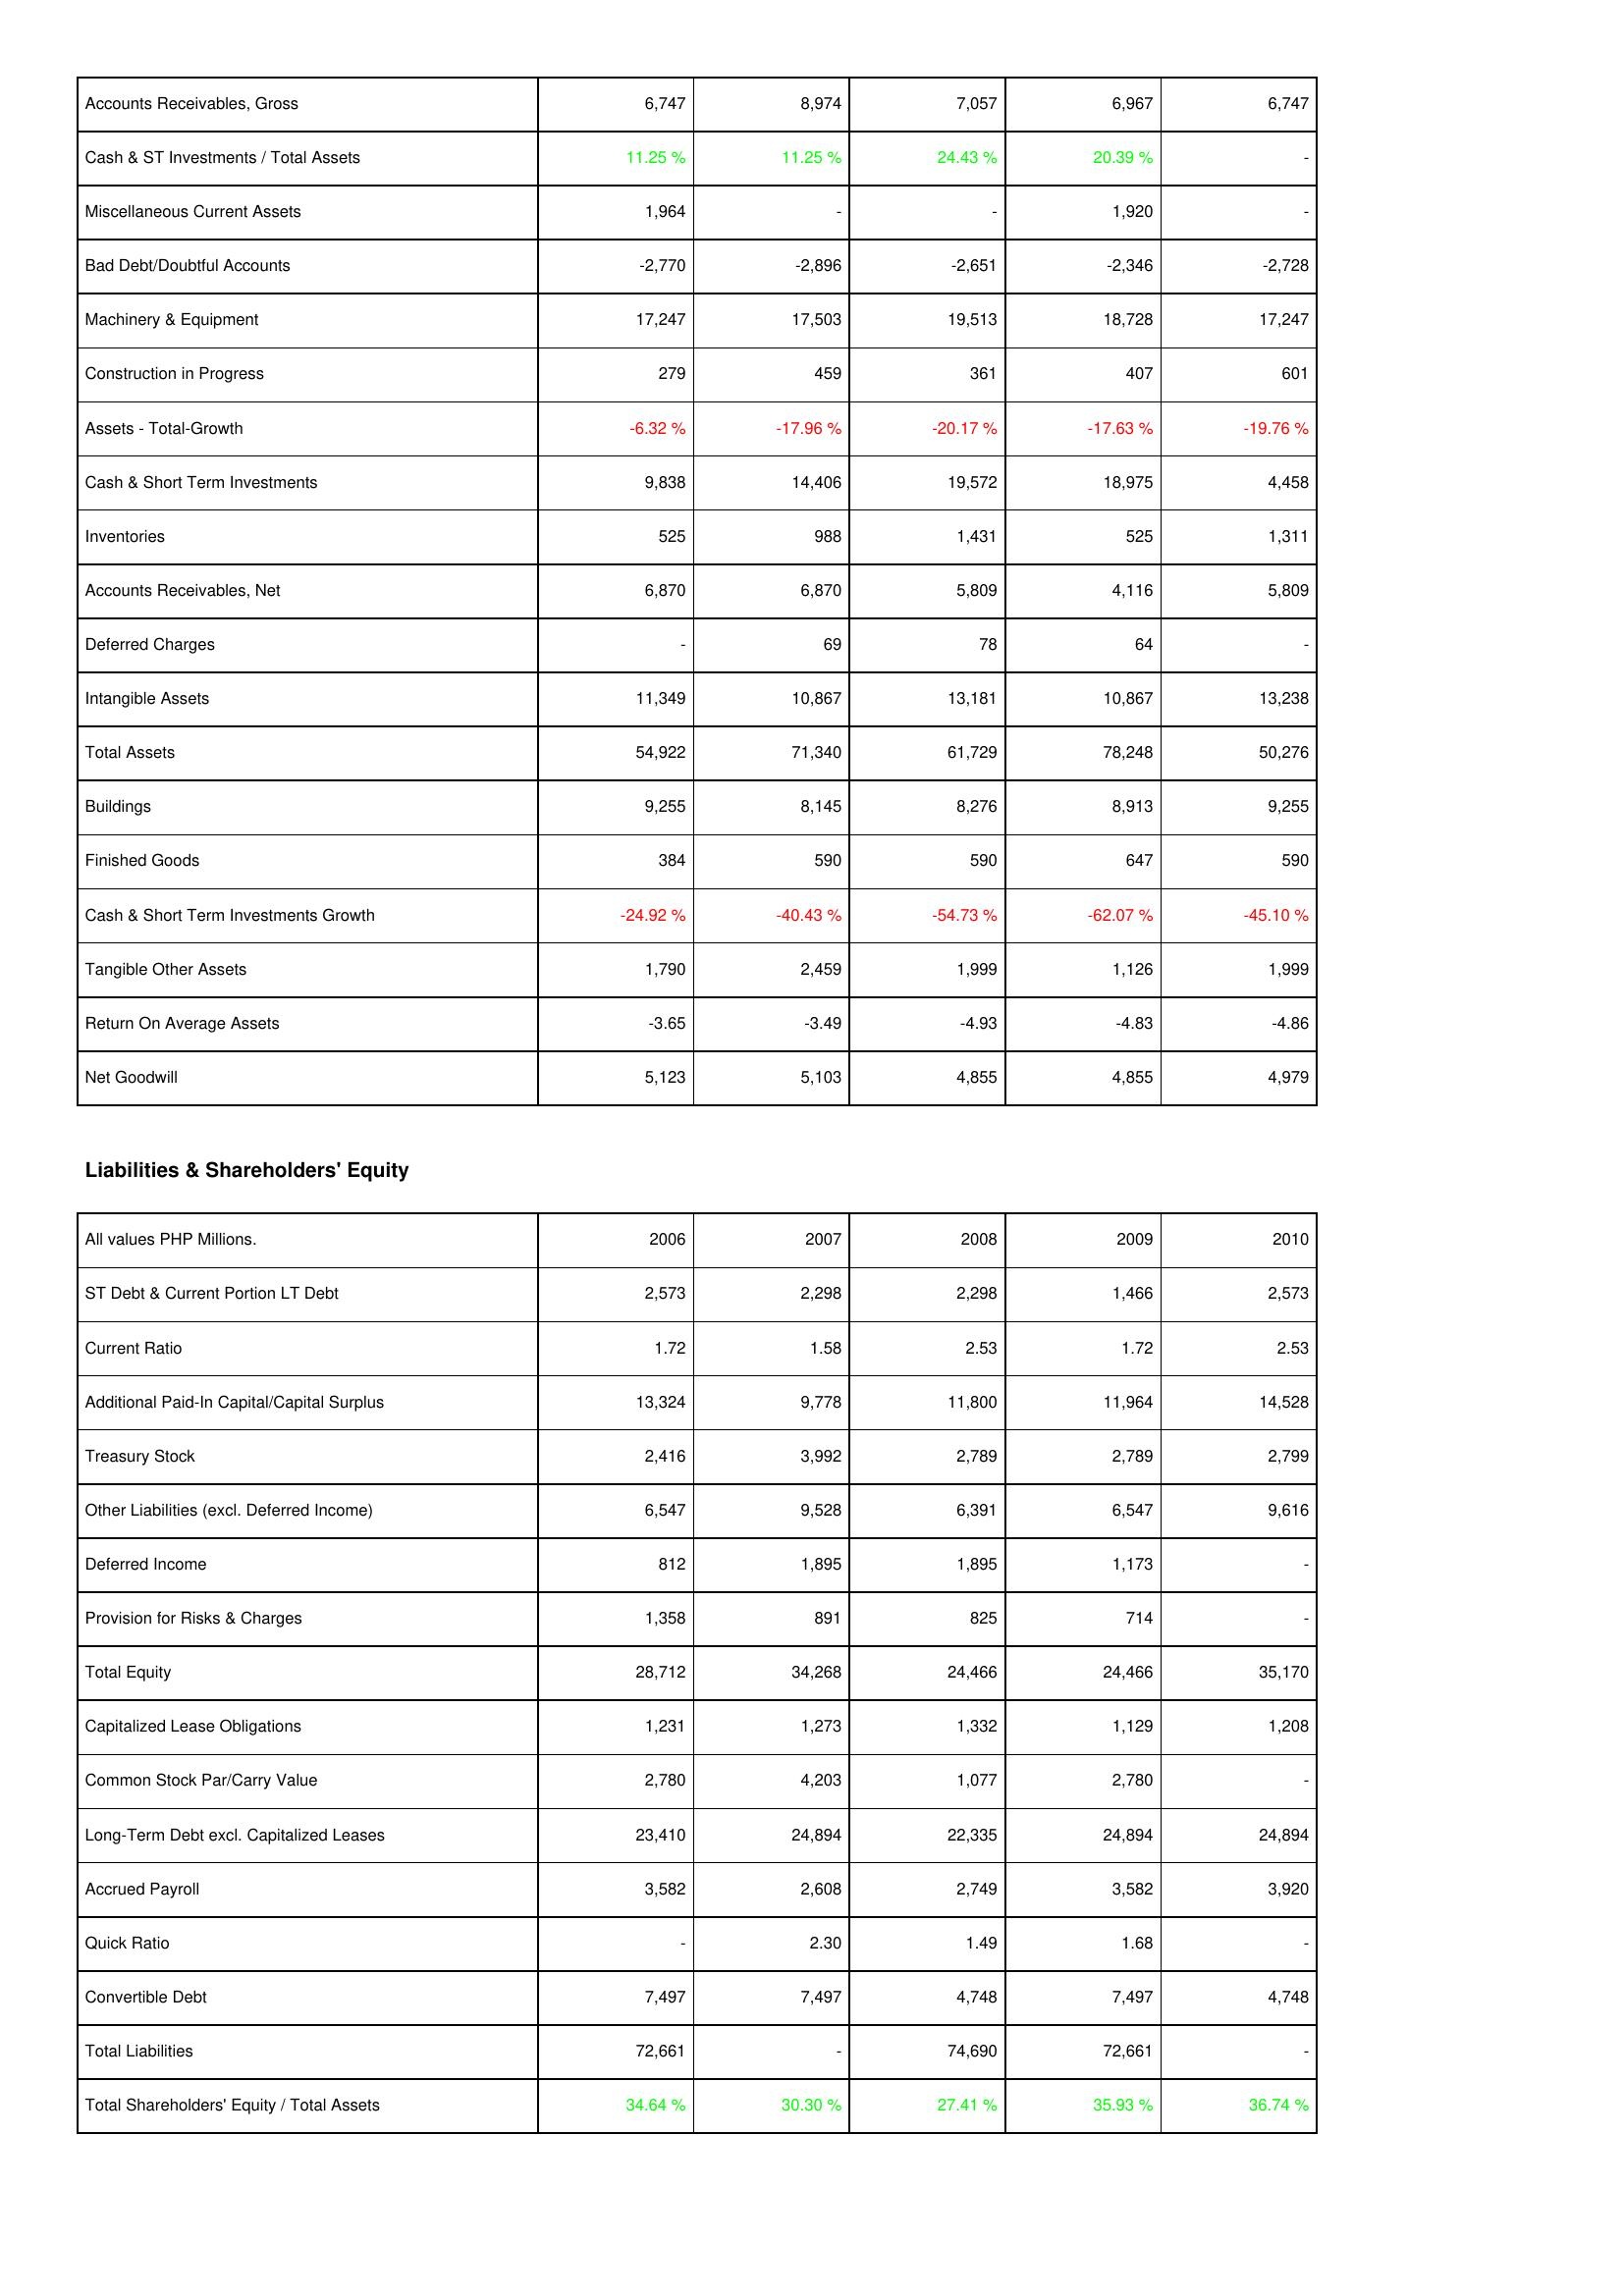
2006: Assets: Accounts Receivables, Gross: 6,747
Cash & ST Investments / Total Assets: 11.25 %
Miscellaneous Current Assets: 1,964
Bad Debt/Doubtful Accounts: -2,770
Machinery & Equipment: 17,247
Construction in Progress: 279
Assets - Total-Growth: -6.32 %
Cash & Short Term Investments: 9,838
Inventories: 525
Accounts Receivables, Net: 6,870
Deferred Charges: -
Intangible Assets: 11,349
Total Assets: 54,922
Buildings: 9,255
Finished Goods: 384
Cash & Short Term Investments Growth: -24.92 %
Tangible Other Assets: 1,790
Return On Average Assets: -3.65
Net Goodwill: 5,123
Liabilities & Shareholders' Equity: ST Debt & Current Portion LT Debt: 2,573
Current Ratio: 1.72
Additional Paid-In Capital/Capital Surplus: 13,324
Treasury Stock: 2,416
Other Liabilities (excl. Deferred Income): 6,547
Deferred Income: 812
Provision for Risks & Charges: 1,358
Total Equity: 28,712
Capitalized Lease Obligations: 1,231
Common Stock Par/Carry Value: 2,780
Long-Term Debt excl. Capitalized Leases: 23,410
Accrued Payroll: 3,582
Quick Ratio: -
Convertible Debt: 7,497
Total Liabilities: 72,661
Total Shareholders' Equity / Total Assets: 34.64 %
2007: Assets: Accounts Receivables, Gross: 8,974
Cash & ST Investments / Total Assets: 11.25 %
Miscellaneous Current Assets: -
Bad Debt/Doubtful Accounts: -2,896
Machinery & Equipment: 17,503
Construction in Progress: 459
Assets - Total-Growth: -17.96 %
Cash & Short Term Investments: 14,406
Inventories: 988
Accounts Receivables, Net: 6,870
Deferred Charges: 69
Intangible Assets: 10,867
Total Assets: 71,340
Buildings: 8,145
Finished Goods: 590
Cash & Short Term Investments Growth: -40.43 %
Tangible Other Assets: 2,459
Return On Average Assets: -3.49
Net Goodwill: 5,103
Liabilities & Shareholders' Equity: ST Debt & Current Portion LT Debt: 2,298
Current Ratio: 1.58
Additional Paid-In Capital/Capital Surplus: 9,778
Treasury Stock: 3,992
Other Liabilities (excl. Deferred Income): 9,528
Deferred Income: 1,895
Provision for Risks & Charges: 891
Total Equity: 34,268
Capitalized Lease Obligations: 1,273
Common Stock Par/Carry Value: 4,203
Long-Term Debt excl. Capitalized Leases: 24,894
Accrued Payroll: 2,608
Quick Ratio: 2.30
Convertible Debt: 7,497
Total Liabilities: -
Total Shareholders' Equity / Total Assets: 30.30 %
2008: Assets: Accounts Receivables, Gross: 7,057
Cash & ST Investments / Total Assets: 24.43 %
Miscellaneous Current Assets: -
Bad Debt/Doubtful Accounts: -2,651
Machinery & Equipment: 19,513
Construction in Progress: 361
Assets - Total-Growth: -20.17 %
Cash & Short Term Investments: 19,572
Inventories: 1,431
Accounts Receivables, Net: 5,809
Deferred Charges: 78
Intangible Assets: 13,181
Total Assets: 61,729
Buildings: 8,276
Finished Goods: 590
Cash & Short Term Investments Growth: -54.73 %
Tangible Other Assets: 1,999
Return On Average Assets: -4.93
Net Goodwill: 4,855
Liabilities & Shareholders' Equity: ST Debt & Current Portion LT Debt: 2,298
Current Ratio: 2.53
Additional Paid-In Capital/Capital Surplus: 11,800
Treasury Stock: 2,789
Other Liabilities (excl. Deferred Income): 6,391
Deferred Income: 1,895
Provision for Risks & Charges: 825
Total Equity: 24,466
Capitalized Lease Obligations: 1,332
Common Stock Par/Carry Value: 1,077
Long-Term Debt excl. Capitalized Leases: 22,335
Accrued Payroll: 2,749
Quick Ratio: 1.49
Convertible Debt: 4,748
Total Liabilities: 74,690
Total Shareholders' Equity / Total Assets: 27.41 %
2009: Assets: Accounts Receivables, Gross: 6,967
Cash & ST Investments / Total Assets: 20.39 %
Miscellaneous Current Assets: 1,920
Bad Debt/Doubtful Accounts: -2,346
Machinery & Equipment: 18,728
Construction in Progress: 407
Assets - Total-Growth: -17.63 %
Cash & Short Term Investments: 18,975
Inventories: 525
Accounts Receivables, Net: 4,116
Deferred Charges: 64
Intangible Assets: 10,867
Total Assets: 78,248
Buildings: 8,913
Finished Goods: 647
Cash & Short Term Investments Growth: -62.07 %
Tangible Other Assets: 1,126
Return On Average Assets: -4.83
Net Goodwill: 4,855
Liabilities & Shareholders' Equity: ST Debt & Current Portion LT Debt: 1,466
Current Ratio: 1.72
Additional Paid-In Capital/Capital Surplus: 11,964
Treasury Stock: 2,789
Other Liabilities (excl. Deferred Income): 6,547
Deferred Income: 1,173
Provision for Risks & Charges: 714
Total Equity: 24,466
Capitalized Lease Obligations: 1,129
Common Stock Par/Carry Value: 2,780
Long-Term Debt excl. Capitalized Leases: 24,894
Accrued Payroll: 3,582
Quick Ratio: 1.68
Convertible Debt: 7,497
Total Liabilities: 72,661
Total Shareholders' Equity / Total Assets: 35.93 %
2010: Assets: Accounts Receivables, Gross: 6,747
Cash & ST Investments / Total Assets: -
Miscellaneous Current Assets: -
Bad Debt/Doubtful Accounts: -2,728
Machinery & Equipment: 17,247
Construction in Progress: 601
Assets - Total-Growth: -19.76 %
Cash & Short Term Investments: 4,458
Inventories: 1,311
Accounts Receivables, Net: 5,809
Deferred Charges: -
Intangible Assets: 13,238
Total Assets: 50,276
Buildings: 9,255
Finished Goods: 590
Cash & Short Term Investments Growth: -45.10 %
Tangible Other Assets: 1,999
Return On Average Assets: -4.86
Net Goodwill: 4,979
Liabilities & Shareholders' Equity: ST Debt & Current Portion LT Debt: 2,573
Current Ratio: 2.53
Additional Paid-In Capital/Capital Surplus: 14,528
Treasury Stock: 2,799
Other Liabilities (excl. Deferred Income): 9,616
Deferred Income: -
Provision for Risks & Charges: -
Total Equity: 35,170
Capitalized Lease Obligations: 1,208
Common Stock Par/Carry Value: -
Long-Term Debt excl. Capitalized Leases: 24,894
Accrued Payroll: 3,920
Quick Ratio: -
Convertible Debt: 4,748
Total Liabilities: -
Total Shareholders' Equity / Total Assets: 36.74 %